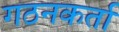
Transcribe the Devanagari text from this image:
गठनकर्ता